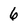
Character: 6